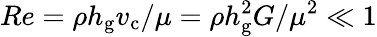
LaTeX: Re=\rho h_{\textrm{g}}v_{\textrm{c}}/\mu=\rho h_{\textrm{g}}^{2}G/\mu^{2}\ll 1